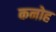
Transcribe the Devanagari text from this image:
कनोह